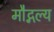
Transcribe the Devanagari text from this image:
मौद्गल्य